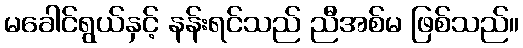
မခေါင်ရွယ်နှင့် နန်းရင်သည် ညီအစ်မ ဖြစ်သည်။